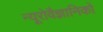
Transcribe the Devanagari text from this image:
न्यूरोवैज्ञानिकों